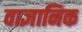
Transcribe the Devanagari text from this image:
वाज्ञानिक